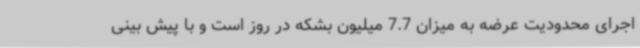
اجرای محدودیت عرضه به میزان 7.7 میلیون بشکه در روز است و با پیش بینی